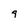
Character: 9